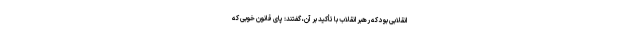
انقلابی بود که رهبر انقلاب با تأکید بر آن، گفتند: پای قانون خوبی که